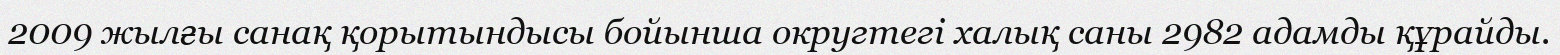
2009 жылғы санақ қорытындысы бойынша округтегі халық саны 2982 адамды құрайды.